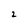
Character: 2